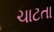
ચાટતા